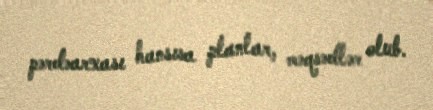
pərdəarxası hansısa planlar, məqsədlər olub.